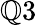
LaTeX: \mathbb{Q}3